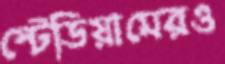
স্টেডিয়ামেরও